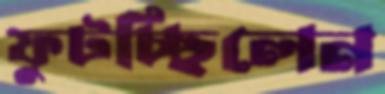
ফুটচ্ছিলেন